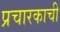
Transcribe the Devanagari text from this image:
प्रचारकाची